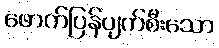
ဖောက်ပြန်ပျက်စီးသော